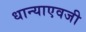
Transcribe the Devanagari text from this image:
धान्याएवजी